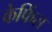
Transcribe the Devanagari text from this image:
केफिंस